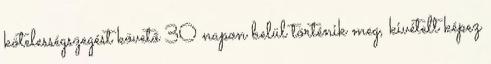
kötelességszegést követő 30 napon belül történik meg, kivételt képez